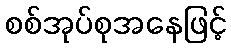
စစ်အုပ်စုအနေဖြင့်